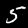
Digit: 5